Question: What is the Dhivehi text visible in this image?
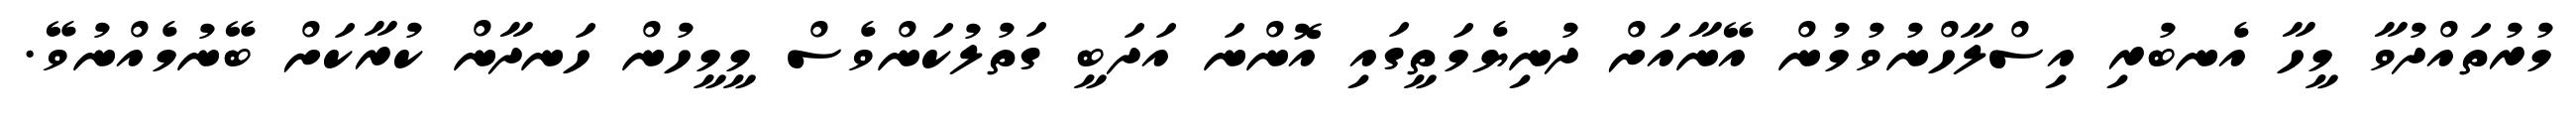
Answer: މުރުތައްދުވާ މީހާ އެނބުރި އިސްލާހްނުވުމުން އޭނާއަށް ދުނިޔެމަތީގައި އޮންނަ އަދަބީ ގަތުލުކަންވެސް މީމީހުން ހަނދާން ކުރާކަށް ބޭނުމެއްނުވޭ.